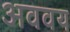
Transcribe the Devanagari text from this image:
अववय